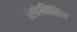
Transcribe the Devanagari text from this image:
रिफंमिसिन